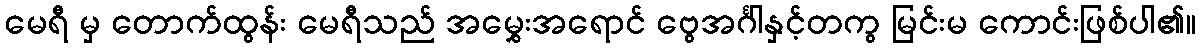
မေရီ မှ တောက်ထွန်း မေရီသည် အမွှေးအရောင် ဗွေအင်္ဂါနှင့်တကွ မြင်းမ ကောင်းဖြစ်ပါ၏။